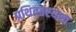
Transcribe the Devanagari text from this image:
प्रथिततरयशा